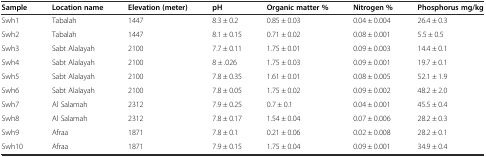
<table><thead><tr><td><b>Sample</b></td><td><b>Location name</b></td><td><b>Elevation (meter)</b></td><td><b>pH</b></td><td><b>Organic matter %</b></td><td><b>Nitrogen %</b></td><td><b>Phosphorus mg/kg</b></td></tr></thead><tbody><tr><td>Swh1</td><td>Tabalah</td><td>1447</td><td>8.3 ± 0.2</td><td>0.85 ± 0.03</td><td>0.04 ± 0.004</td><td>26.4 ± 0.3</td></tr><tr><td>Swh2</td><td>Tabalah</td><td>1447</td><td>8.1 ± 0.15</td><td>0.71 ± 0.02</td><td>0.08 ± 0.001</td><td>5.5 ± 0.5</td></tr><tr><td>Swh3</td><td>Sabt Alalayah</td><td>2100</td><td>7.7 ± 0.11</td><td>1.75 ± 0.01</td><td>0.09 ± 0.003</td><td>14.4 ± 0.1</td></tr><tr><td>Swh4</td><td>Sabt Alalayah</td><td>2100</td><td>8 ± .026</td><td>1.75 ± 0.03</td><td>0.09 ± 0.001</td><td>19.7 ± 0.1</td></tr><tr><td>Swh5</td><td>Sabt Alalayah</td><td>2100</td><td>7.8 ± 0.35</td><td>1.61 ± 0.01</td><td>0.08 ± 0.005</td><td>52.1 ± 1.9</td></tr><tr><td>Swh6</td><td>Sabt Alalayah</td><td>2100</td><td>7.8 ± 0.05</td><td>1.75 ± 0.02</td><td>0.09 ± 0.002</td><td>48.2 ± 2.0</td></tr><tr><td>Swh7</td><td>Al Salamah</td><td>2312</td><td>7.9 ± 0.25</td><td>0.7 ± 0.1</td><td>0.04 ± 0.001</td><td>45.5 ± 0.4</td></tr><tr><td>Swh8</td><td>Al Salamah</td><td>2312</td><td>7.8 ± 0.17</td><td>1.54 ± 0.04</td><td>0.07 ± 0.006</td><td>28.2 ± 0.3</td></tr><tr><td>Swh9</td><td>Afraa</td><td>1871</td><td>7.8 ± 0.1</td><td>0.21 ± 0.06</td><td>0.02 ± 0.008</td><td>28.2 ± 0.1</td></tr><tr><td>Swh10</td><td>Afraa</td><td>1871</td><td>7.9 ± 0.15</td><td>1.75 ± 0.04</td><td>0.09 ± 0.001</td><td>34.9 ± 0.4</td></tr></tbody></table>